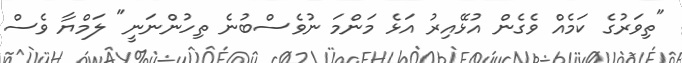
"ތިވަރުގެ ކަމެއް ވެގެން އުޅޭއިރު އަޅެ މަންމަ ނުވެސްބުނެ ތިހުންނަނީ" ލަމްޔާ ވެސް